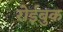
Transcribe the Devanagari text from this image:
रोईबुक